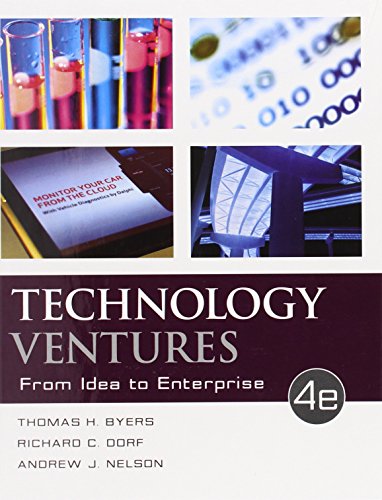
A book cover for Technology Ventures: From Idea to Enterprise; Thomas Byers; Business & Money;